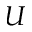
U